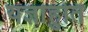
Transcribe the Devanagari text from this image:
यज्ञाहुति